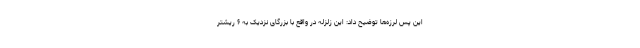
این پس لرزه‌ها توضیح داد: این زلزله در واقع با بزرگای نزدیک به ۶ ریشتر